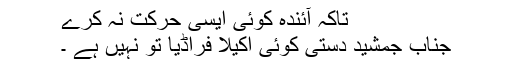
تاکہ آئندہ کوئی ایسی حرکت نہ کرے
جناب جمشید دستی کوئی اکیلا فراڈیا تو نہیں ہے ۔